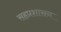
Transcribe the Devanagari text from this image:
सहप्रशासन